Report on enteric fever
Disease focus: Fever
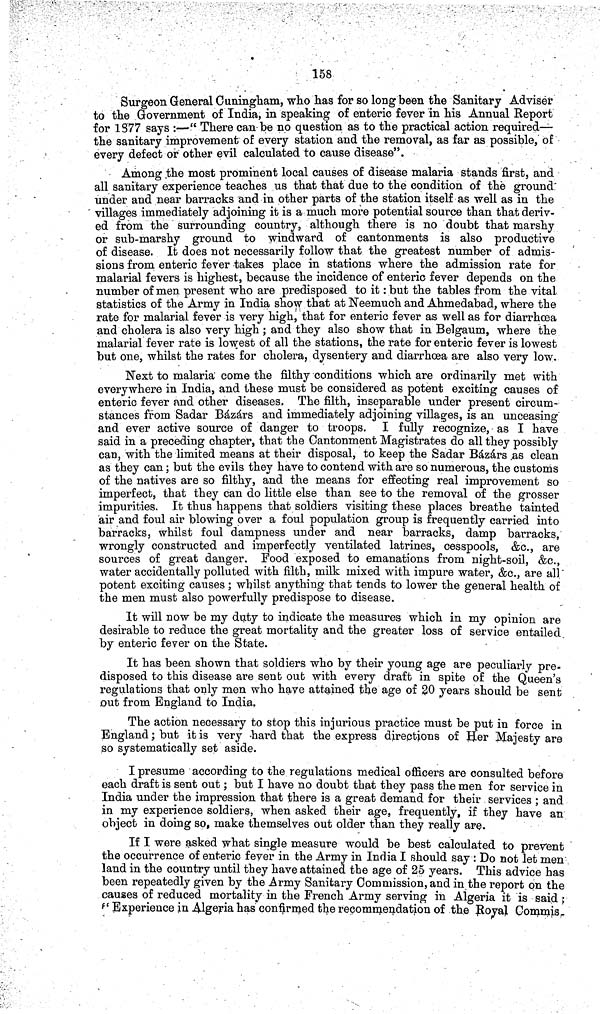
158
Surgeon General Cuningham, who has for so long been the Sanitary Adviser
to the Government of India, in speaking of enteric fever in his Annual Report
for 1877 says :—" There can be no question as to the practical action required—
the sanitary improvement of every station and the removal, as far as possible, of
every defect or other evil calculated to cause disease".
Among the most prominent local causes of disease malaria stands first, and
all sanitary experience teaches us that that due to the condition of the ground
under and near barracks and in other parts of the station itself as well as in the
villages immediately adjoining it is a much more potential source than that deriv-
ed from the surrounding country, although there is no doubt that marshy
or sub-marshy ground to windward of cantonments is also productive
of disease. It does not necessarily follow that the greatest number of admis-
sions from enteric fever takes place in stations where the admission rate for
malarial fevers is highest, because the incidence of enteric fever depends on the
number of men present who are predisposed to it: but the tables from the vital
statistics of the Army in India show that at Neemuch and Ahmedabad, where the
rate for malarial fever is very high, that for enteric fever as well as for diarrhoea
and cholera is also very high ; and they also show that in Belgaum, where the
malarial fever rate is lowest of all the stations, the rate for enteric fever is lowest
but one, whilst the rates for cholera, dysentery and diarrhoea are also very low.
Next to malaria come the filthy conditions which are ordinarily met with
everywhere in India, and these must be considered as potent exciting causes of
enteric fever and other diseases. The filth, inseparable under present circum-
stances from Sadar Bázárs and immediately adjoining villages, is an unceasing
and ever active source of danger to troops. I fully recognize, as I have
said in a preceding chapter, that the Cantonment Magistrates do all they possibly
can, with the limited means at their disposal, to keep the Sadar Bázárs ,as clean
as they can; but the evils they have to contend with are so numerous, the customs
of the natives are so filthy, and the means for effecting real improvement so
imperfect, that they can do little else than see to the removal of the grosser
impurities. It thus happens that soldiers visiting these places breathe tainted
air and foul air blowing over a foul population group is frequently carried into
barracks, whilst foul dampness under and near barracks, damp barracks,
wrongly constructed and imperfectly ventilated latrines, cesspools, &c., are
sources of great danger. Pood exposed to emanations from night-soil, &c.,
water accidentally polluted with filth, milk mixed with impure water, &c., are all
potent exciting causes; whilst anything that tends to lower the general health of
the men must also powerfully predispose to disease.
It will now be my duty to indicate the measures which in my opinion are
desirable to reduce the great mortality and the greater loss of service entailed
by enteric fever on the State.
It has been shown that soldiers who by their young age are peculiarly pre-
disposed to this disease are sent out with every draft in spite of the Queen's
regulations that only men who have attained the age of 20 years should be sent
out from England to India.
The action necessary to stop this injurious practice must be put in force in
England; but it is very hard that the express directions of Her Majesty are
so systematically set aside.
I presume according to the regulations medical officers are consulted before
each draft is sent out; but I have no doubt that they pass the men for service in
India under the impression that there is a great demand for their services ; and
in my experience soldiers, when asked their age, frequently, if they have an
object in doing so, make themselves out older than they really are.
If I were asked what single measure would be best calculated to prevent
the occurrence of enteric fever in the Army in India I should say : Do not let men
land in the country until they have attained the age of 25 years. This advice has
been repeatedly given by the Army Sanitary Commission, and in the report on the
causes of reduced mortality in the French Army serving in Algeria it is said ;
"Experience in Algeria has confirmed the recommendation of the Royal Commis-